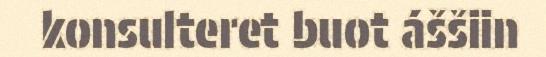
konsulteret buot áššiin